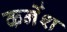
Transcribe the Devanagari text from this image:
कर्नेश